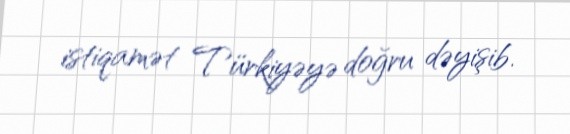
istiqamət Türkiyəyə doğru dəyişib.